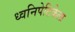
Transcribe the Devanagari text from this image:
ध्वनिपेटिकेला